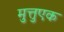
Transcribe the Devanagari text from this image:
मुत्तुएक